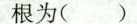
根为( )